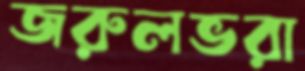
জরুলভরা